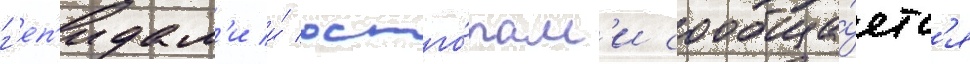
г'еп'идам'и и́ остго́там'и сообща́етс'я